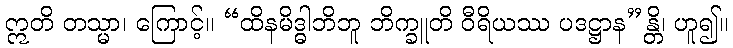
ဣတိ တသ္မာ၊ ကြောင့်။ “ထိနမိဒ္ဓါဘိဘူ ဘိက္ခူတိ ဝီရိယဿ ပဒဋ္ဌာန”န္တိ၊ ဟူ၍။